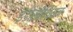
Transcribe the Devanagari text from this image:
इंडोसीथियन